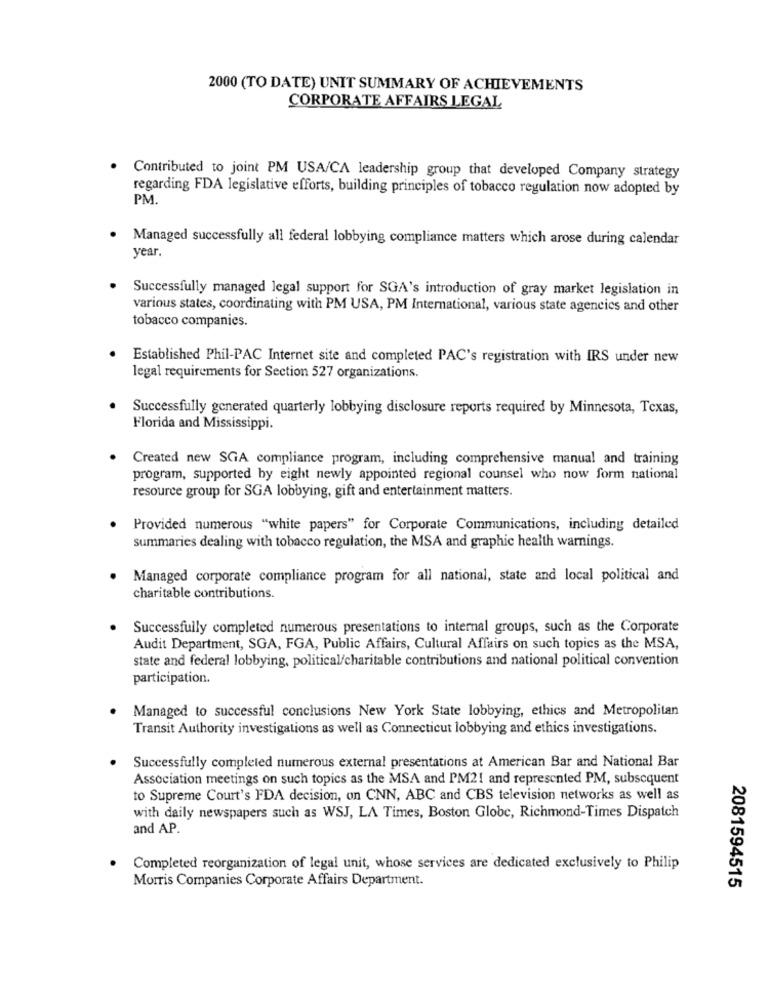
2000 (TO DATE) UNIT SUMMARY OF ACHIEVEMENTS
CORPORATE AFFAIRS LEGAL
Contributed to joint PM USA/CA leadership group that developed Company strategy
regarding FDA legislative efforts, building principles of tobacco regulation now adopted by
PM.
Managed successfully all federal lobbying compliance matters which arose during calendar
year.
Successfully managed legal support for SGA's introduction of gray market legislation in
various states, coordinating with PM USA, PM International, various state agencies and other
tobacco companies.
Established Phil-PAC Internet site and completed PAC's registration with IRS under new
legal requirements for Section 527 organizations.
Successfully generated quarterly lobbying disclosure reports required by Minnesota, Texas,
Florida and Mississippi.
Created new SGA compliance program, including comprehensive manual and training
program, supported by eight newly appointed regional counsel who now form national
resource group for SGA lobbying, gift and entertainment matters.
Provided numerous "white papers" for Corporate Communications, including detailed
summaries dealing with tobacco regulation, the MSA and graphic health warnings.
Managed corporate compliance program for all national, state and local political and
charitable contributions.
Successfully completed numerous presentations to internal groups, such as the Corporate
Audit Department, SGA, FGA, Public Affairs, Cultural Affairs on such topics as the MSA,
state and federal lobbying, political/charitable contributions and national political convention
participation.
Managed to successful conclusions New York State lobbying, ethics and Metropolitan
Transit Authority investigations as well as Connecticut lobbying and ethics investigations.
Successfully completed numerous external presentations at American Bar and National Bar
Association meetings on such topics as the MSA and PM21 and represented PM, subsequent
to Supreme Court's FDA decision, on CNN, ABC and CBS television networks as well as
with daily newspapers such as WSJ, LA Times, Boston Globe, Richmond-Times Dispatch
and AP.
Completed reorganization of legal unit, whose services are dedicated exclusively to Philip
Morris Companies Corporate Affairs Department.
2081594515